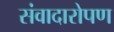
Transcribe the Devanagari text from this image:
संवादारोपण